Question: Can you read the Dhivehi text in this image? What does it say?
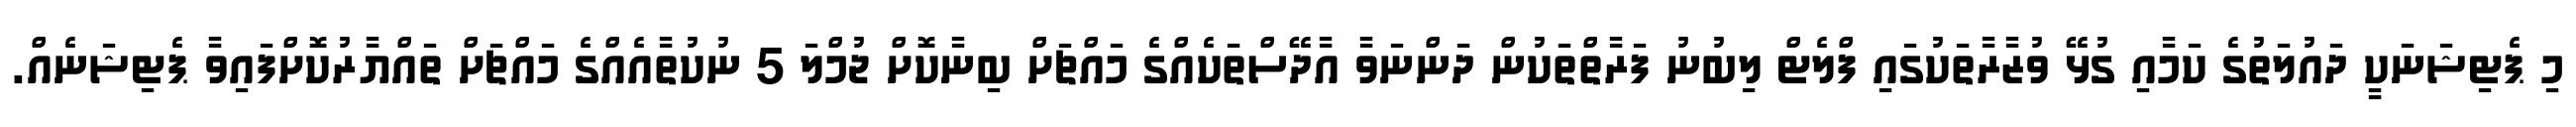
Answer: މި ޕެޓިޝަނަކީ ދައުލަތުގެ ކަމާއި ގުޅޭ ވުޒާރާތަކުގައި ފްލެޓް ލިބުނު ފަރާތްތަކުން ދަންނަވާ އާދޭސްތަކެއްގެ މައްޗަށް ބިނާކޮށް ޖުމްލަ 5 ނުކުތާއެއްގެ މައްޗަށް ތައްޔާރުކޮށްފައިވާ ޕެޓިޝަނެއް.